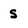
Character: s